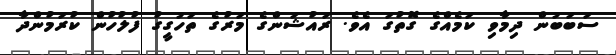
ސަބަބުން ދިމާވި ކަމެއްގެ ގޮތުގަ އެވެ. ރައުޝަންގެ މަރުގެ ތަހުގީގު ފުލުހުން ކުރަމުންދާ